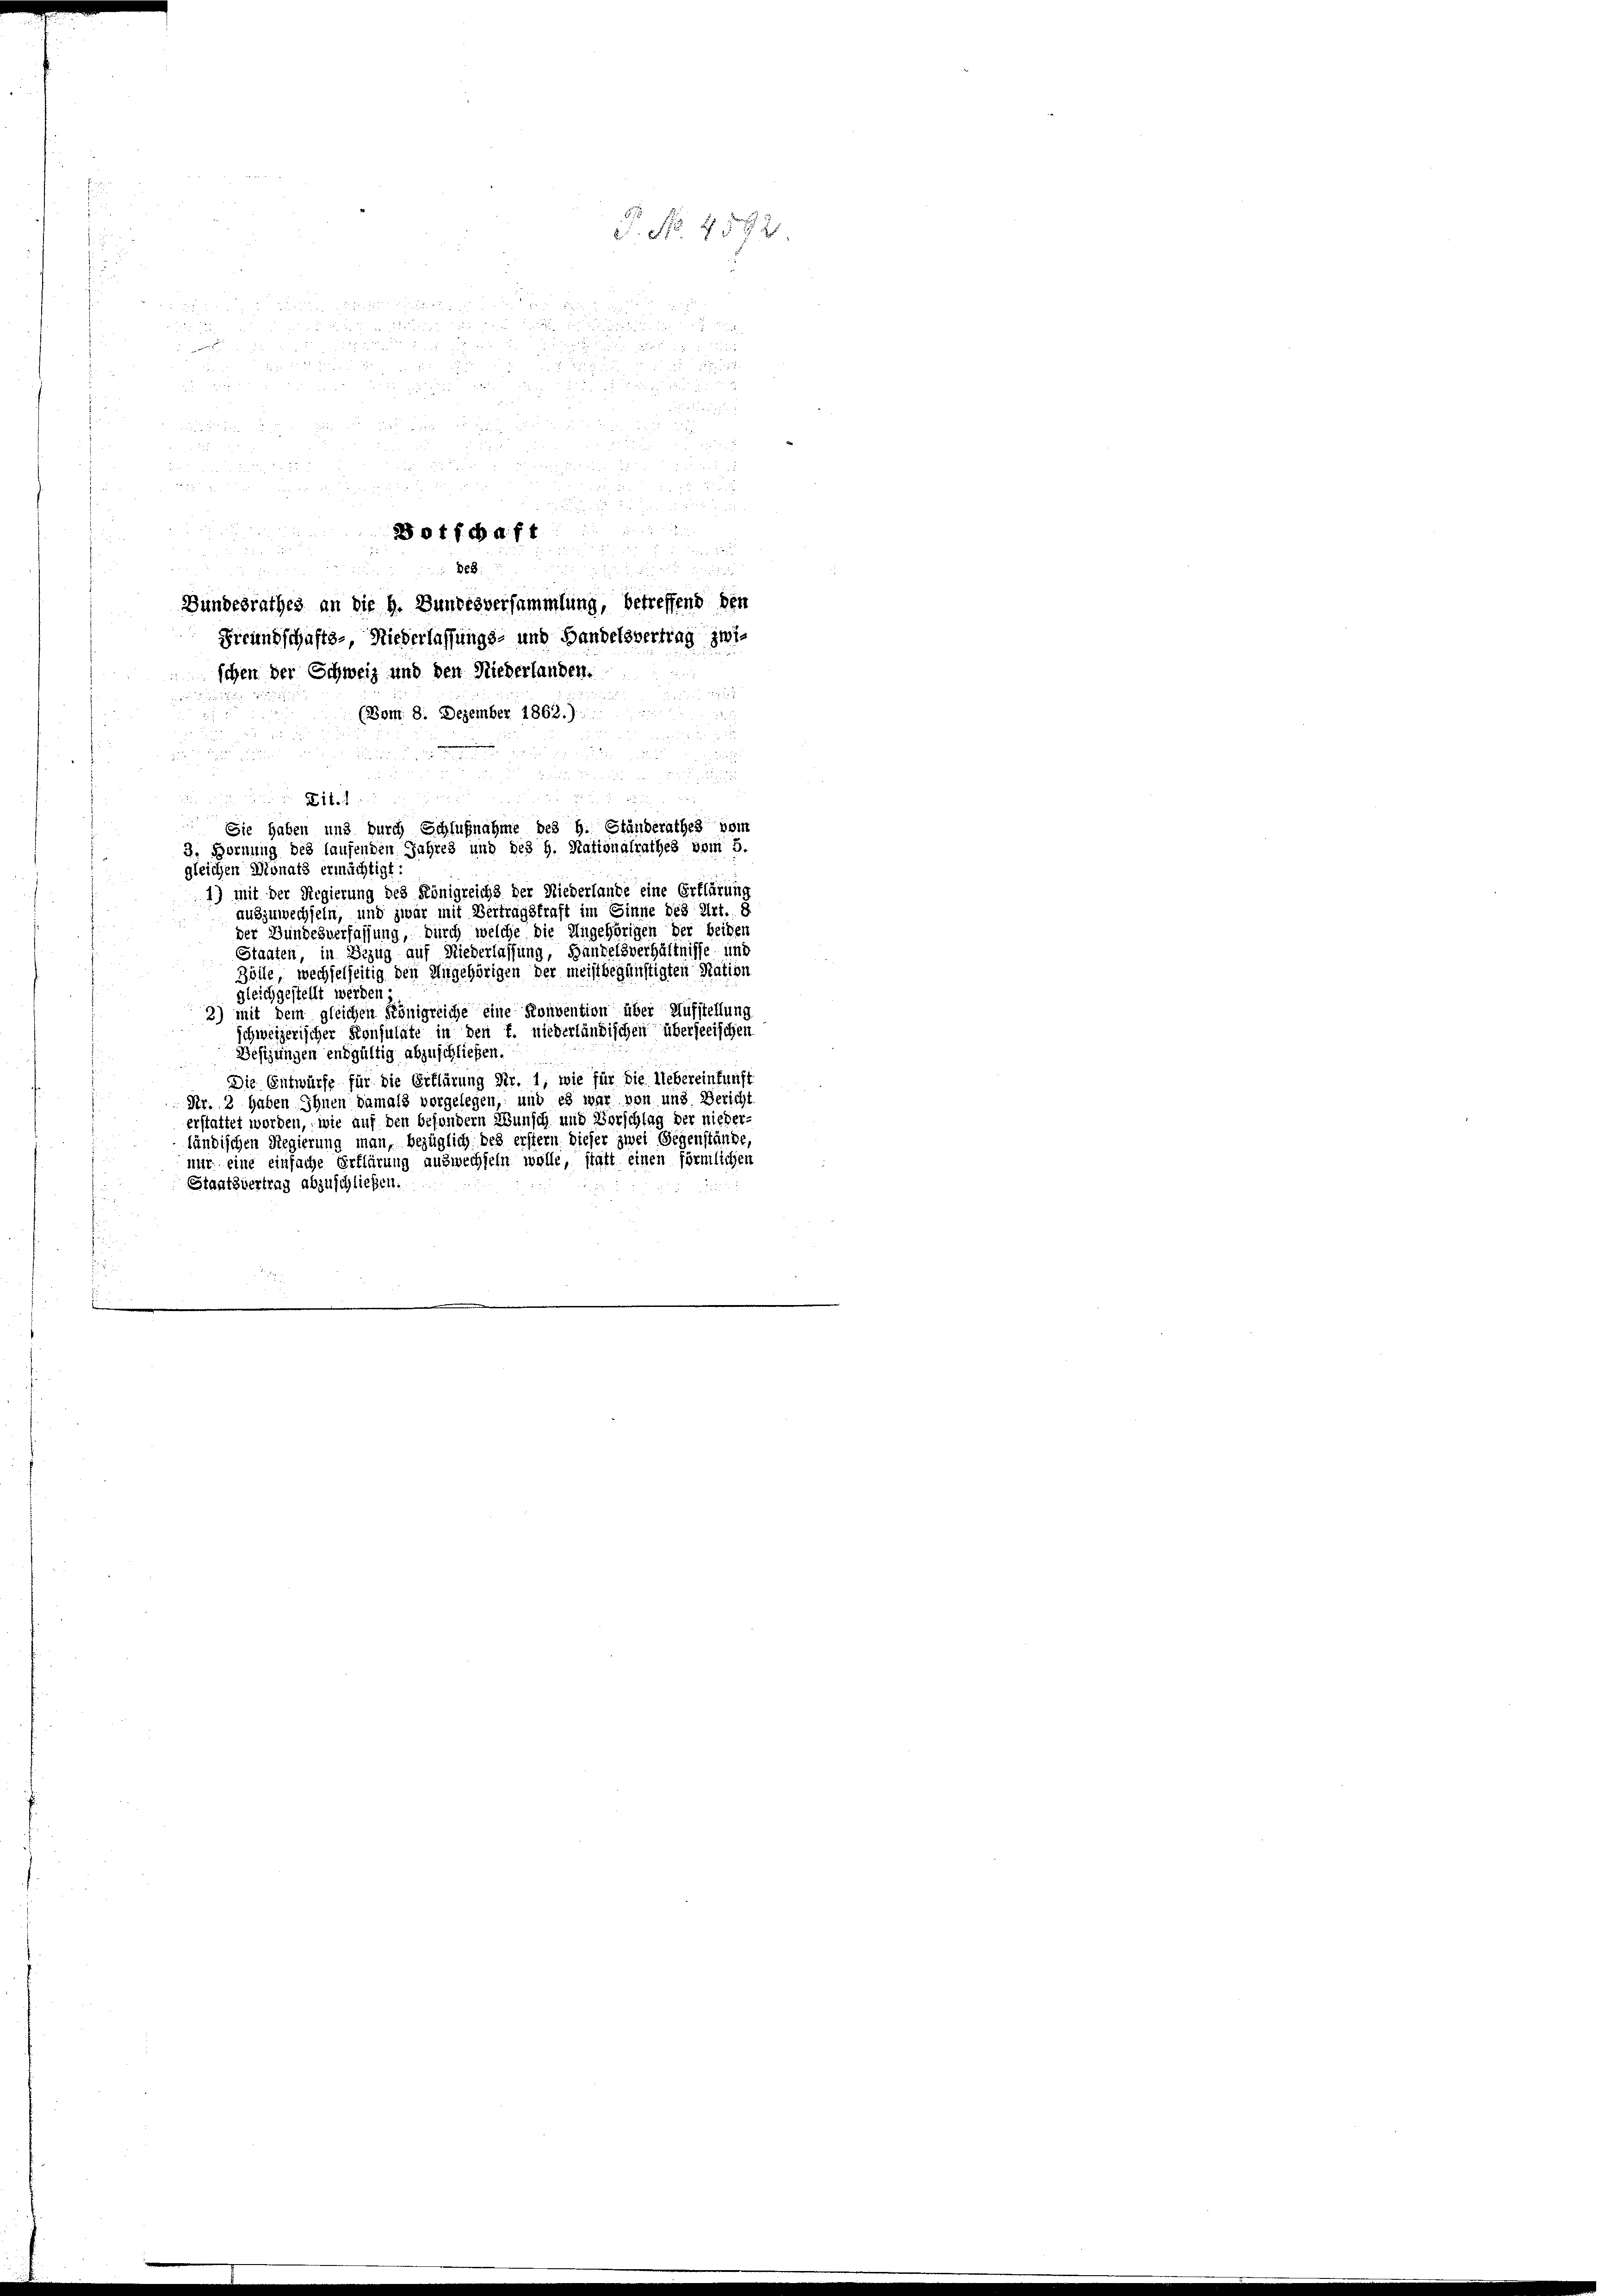
0 x

5
8

 89

888:
Bundesrathes an die h. Bundesversammlung, betreffend den
Freundschafts-, Niederlassungs- und Handelsvertrag zwischen der Schweiz und den Niederlanden.
(Bom 8. Dezember 1862.)

1
i
2 x
n in die Arbeit
 Sie haben und durch Schlußnahme des H. Ständerathes vom
3. Hornung des laufenden Jahres und des H. Stationalrathes vom 5.
gleichen Monats ermächtigt:
1) mit der Regierung des Königreichs der Niederlande eine Erklärung
auszuwechseln, und zwar mit Vertragstraft im Einne des Art. 8
der Bundesverfassung, durch welche die Angehörigen der beiden
Staaten, in Bezug auf Niederlassung, Handelsverhältnisse und
Zölle, wechselseitig den Angehörigen der meistbegünstigten Nation

gleichgestellt werden;
2) mit dem gleichen Königreiche eine Konvention über Aufstellung
schweizerischer Konsulate in den 7. niederländischen überseeischen
Besizungen endgültig abzuschließen.
Die Entwürfe für die Erklärung Nr. 1, wie für die Uebereinkunft
Nr. 2 haben Ihnen damals vorgelegen, und es war von und Bericht
erstattet worden, wie auf den besondern Wunsch und Vorschlag der nieder-
ländischen Regierung man, bezüglich des erstern dieser zwei Gegenstände
nur eine einfache Erklärung auswechseln wolle, statt einen förmlichen
Staatsvertrag abzuschließen.

412
 a 1200.

0

otschaft

. No 4342

9